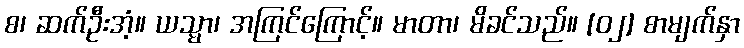
စ၊ ဆက်ဦးအံ့။ ယသ္မာ၊ အကြင်ကြောင့်။ မာတာ၊ မိခင်သည်။ [၀၂] စာမျက်နှာ